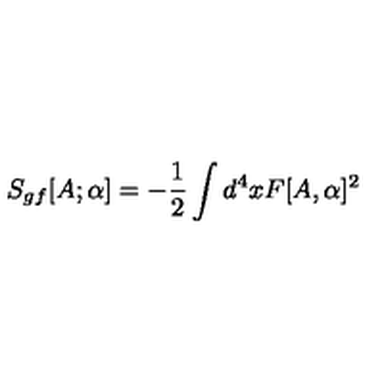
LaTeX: S _ { g f } [ A ; \alpha ] = - \frac { 1 } { 2 } \int d ^ { 4 } x F [ A , \alpha ] ^ { 2 }